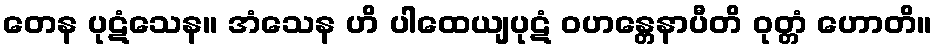
တေန ပုဋံသေန။ အံသေန ဟိ ပါထေယျပုဋံ ဝဟန္တေနာပီတိ ဝုတ္တံ ဟောတိ။